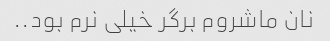
نان ماشروم برگر خیلی نرم بود..